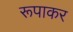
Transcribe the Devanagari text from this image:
रूपाकर